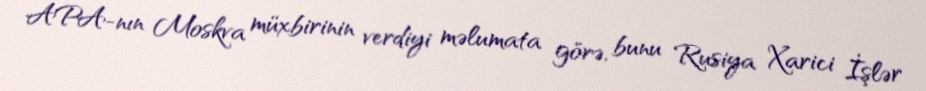
APA-nın Moskva müxbirinin verdiyi məlumata görə, bunu Rusiya Xarici İşlər